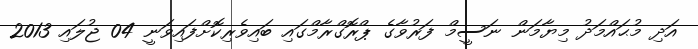
އަދި މުޙައްމަދު މިޔާމަން ނަސީމް ފަރުވާގެ ޕްރޮގްރާމްގައި ބައިވެރިކޮށްފައިވަނީ 04 ޖުލައި 2013